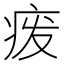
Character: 𬏦